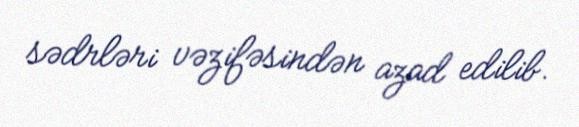
sədrləri vəzifəsindən azad edilib.